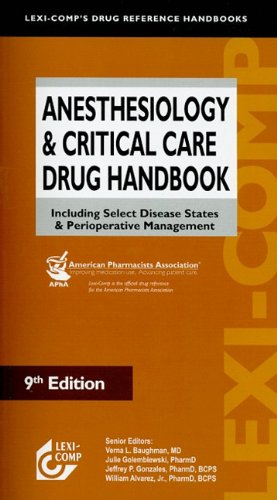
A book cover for Anesthesiology & Critical Care Drug Handbook: Including Select Disease States & Perioperative Management; Medical Books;